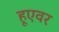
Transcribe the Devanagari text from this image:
हूएवर